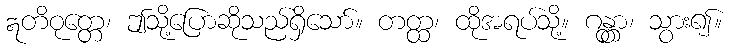
ဣတိဝုတ္တေ၊ ဤသို့ပြောဆိုသည်ရှိသော်။ တတ္ထ၊ ထိုအရပ်သို့။ ဂန္တွာ၊ သွား၍။